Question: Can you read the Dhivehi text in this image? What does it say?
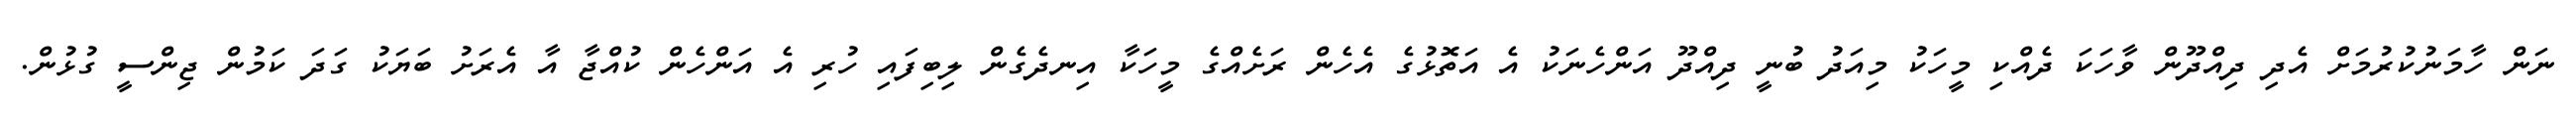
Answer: ނަން ހާމަނުކުރުމަށް އެދި ދިއްދޫން ވާހަކަ ދެއްކި މީހަކު މިއަދު ބުނީ ދިއްދޫ އަންހެނަކު އެ އަތޮޅުގެ އެހެން ރަށެއްގެ މީހަކާ އިނދެގެން ލިބިފައި ހުރި އެ އަންހެން ކުއްޖާ އާ އެރަށު ބަޔަކު ގަދަ ކަމުން ޖިންސީ ގުޅުން.